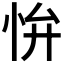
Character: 𭜢